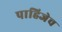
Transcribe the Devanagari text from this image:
पाहिजेच